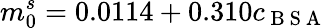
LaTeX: m_{0}^{s}=0.0114+0.310c_{\mathrm{~B~S~A~}}